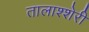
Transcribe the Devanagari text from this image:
तालाश्शेरी